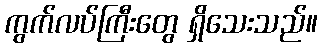
ကွက်လပ်ကြီးတွေ ရှိသေးသည်။